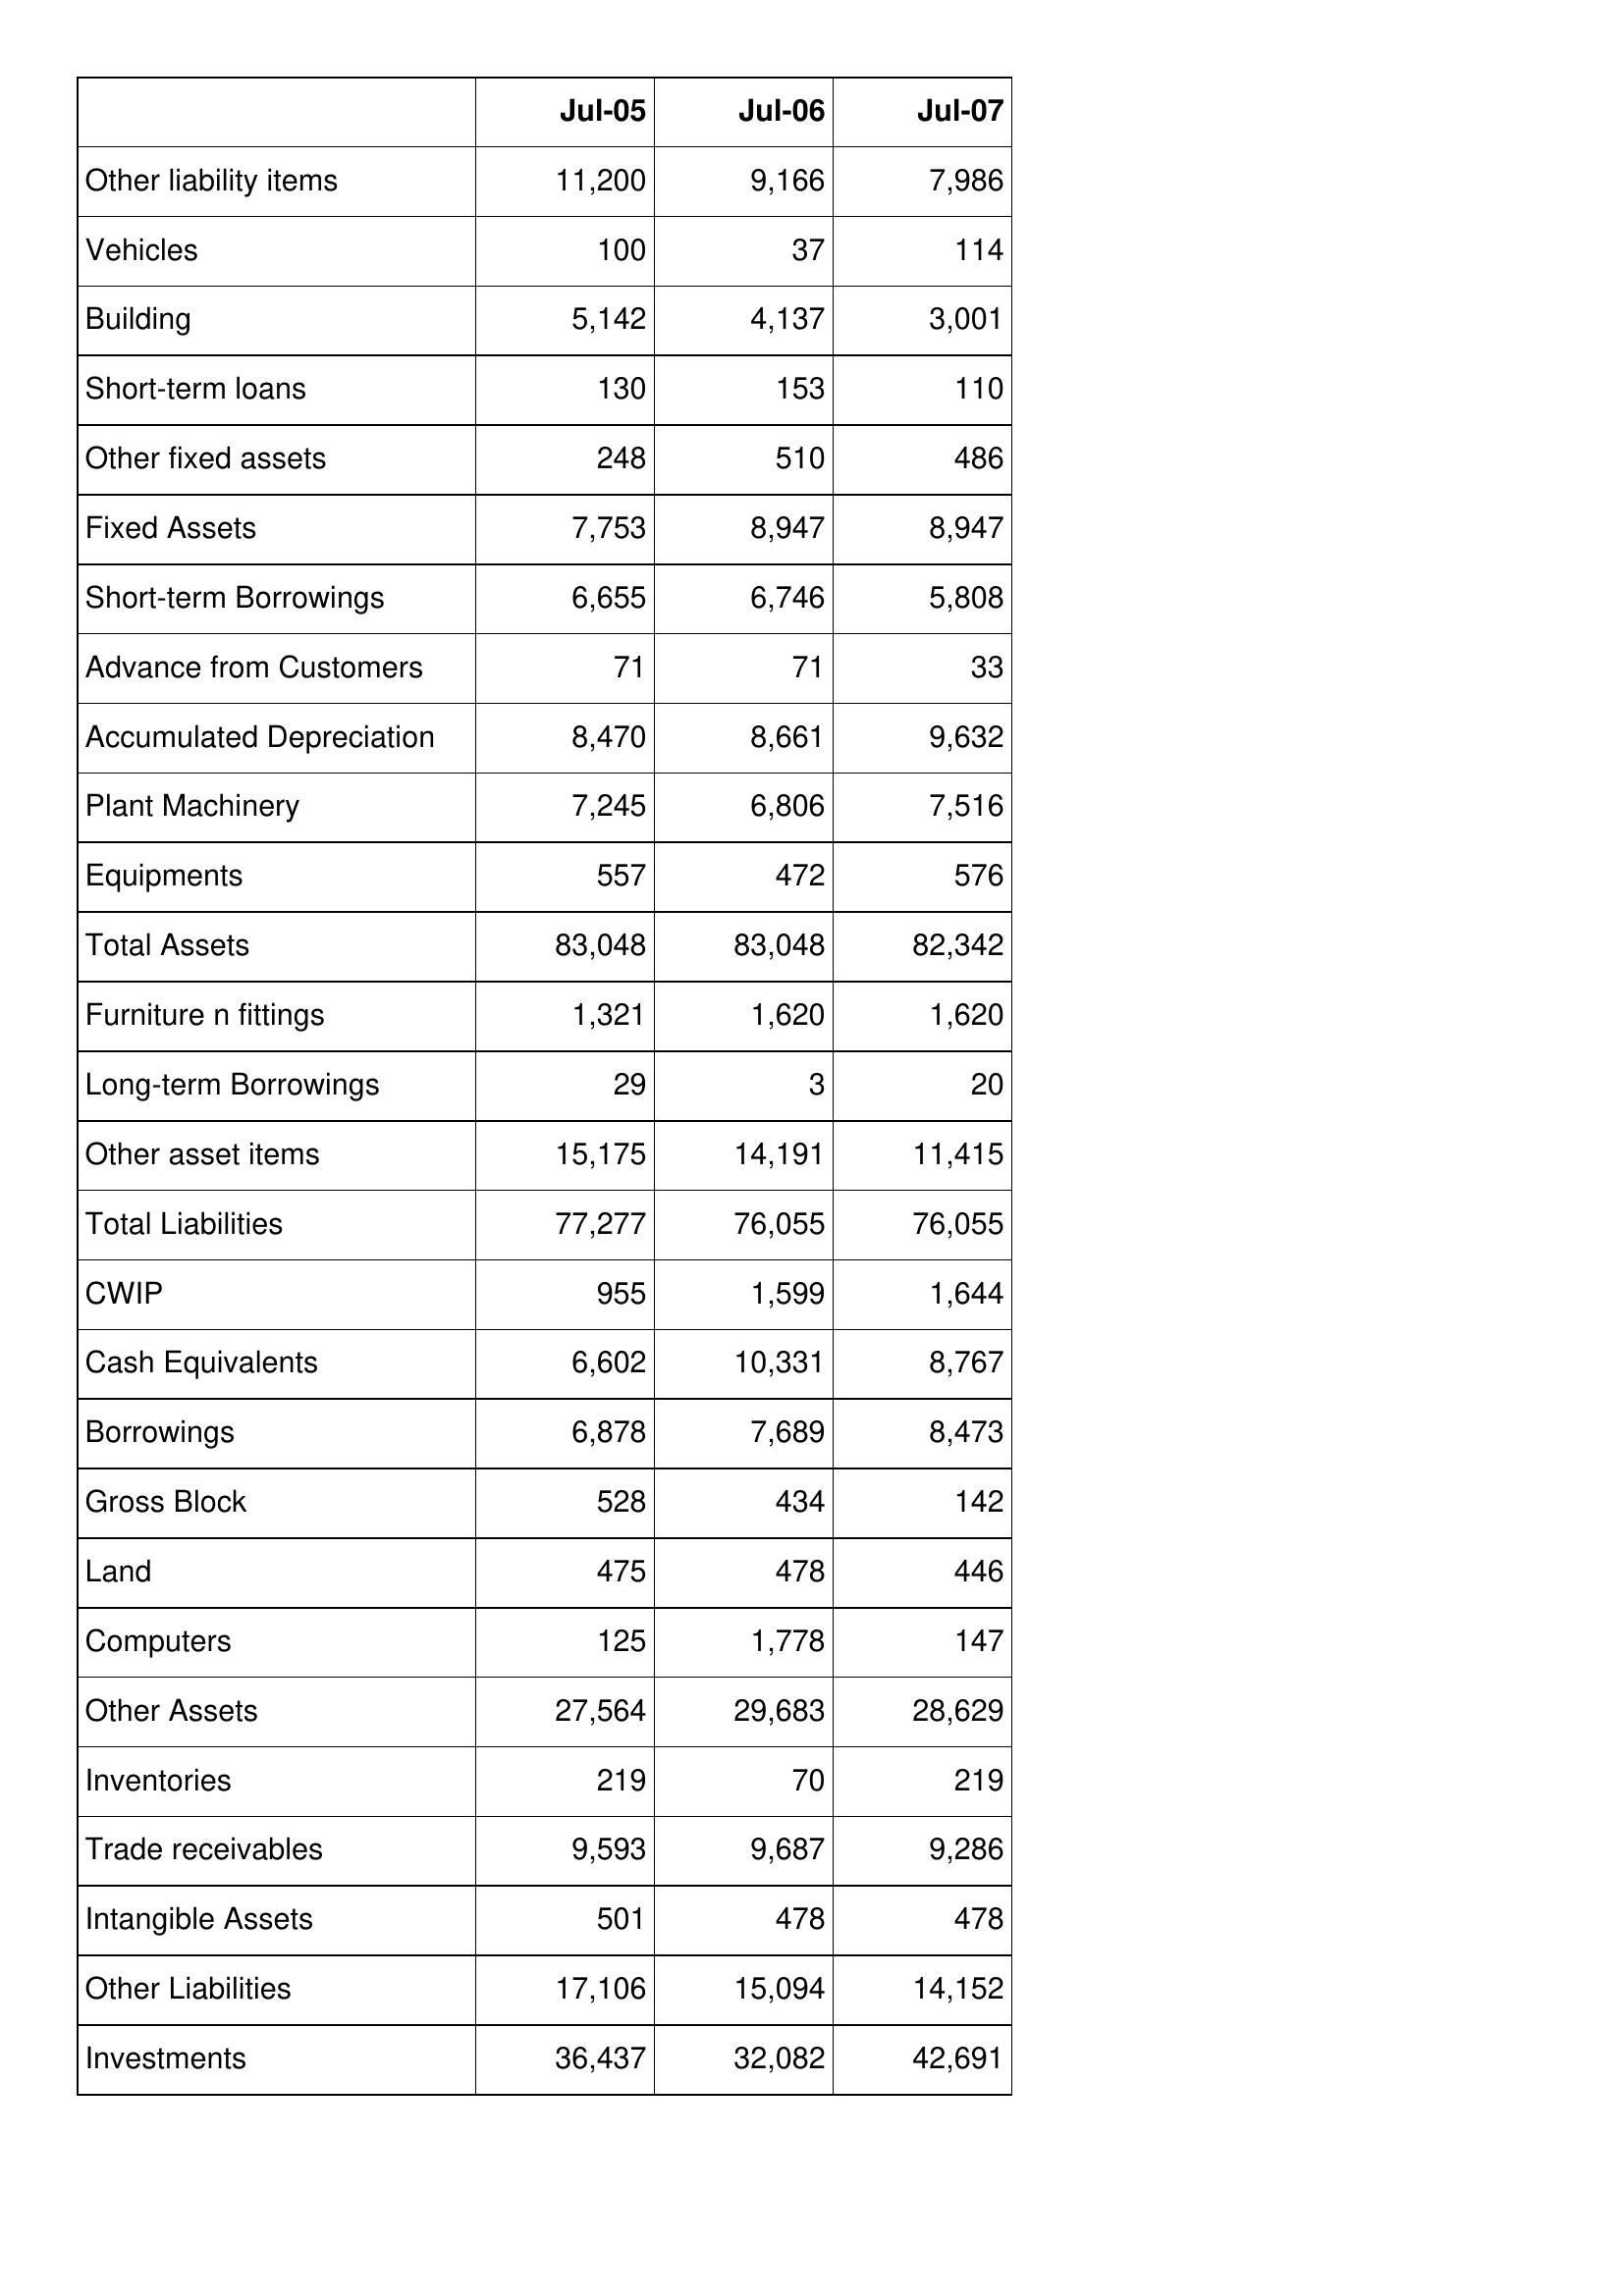
Jul-05: Balance Sheet: Other liability items: 11,200
Vehicles: 100
Building: 5,142
Short-term loans: 130
Other fixed assets: 248
Fixed Assets: 7,753
Short-term Borrowings: 6,655
Advance from Customers: 71
Accumulated Depreciation: 8,470
Plant Machinery: 7,245
Equipments: 557
Total Assets: 83,048
Furniture n fittings: 1,321
Long-term Borrowings: 29
Other asset items: 15,175
Total Liabilities: 77,277
CWIP: 955
Cash Equivalents: 6,602
Borrowings: 6,878
Gross Block: 528
Land: 475
Computers: 125
Other Assets: 27,564
Inventories: 219
Trade receivables: 9,593
Intangible Assets: 501
Other Liabilities: 17,106
Investments: 36,437
Jul-06: Balance Sheet: Other liability items: 9,166
Vehicles: 37
Building: 4,137
Short-term loans: 153
Other fixed assets: 510
Fixed Assets: 8,947
Short-term Borrowings: 6,746
Advance from Customers: 71
Accumulated Depreciation: 8,661
Plant Machinery: 6,806
Equipments: 472
Total Assets: 83,048
Furniture n fittings: 1,620
Long-term Borrowings: 3
Other asset items: 14,191
Total Liabilities: 76,055
CWIP: 1,599
Cash Equivalents: 10,331
Borrowings: 7,689
Gross Block: 434
Land: 478
Computers: 1,778
Other Assets: 29,683
Inventories: 70
Trade receivables: 9,687
Intangible Assets: 478
Other Liabilities: 15,094
Investments: 32,082
Jul-07: Balance Sheet: Other liability items: 7,986
Vehicles: 114
Building: 3,001
Short-term loans: 110
Other fixed assets: 486
Fixed Assets: 8,947
Short-term Borrowings: 5,808
Advance from Customers: 33
Accumulated Depreciation: 9,632
Plant Machinery: 7,516
Equipments: 576
Total Assets: 82,342
Furniture n fittings: 1,620
Long-term Borrowings: 20
Other asset items: 11,415
Total Liabilities: 76,055
CWIP: 1,644
Cash Equivalents: 8,767
Borrowings: 8,473
Gross Block: 142
Land: 446
Computers: 147
Other Assets: 28,629
Inventories: 219
Trade receivables: 9,286
Intangible Assets: 478
Other Liabilities: 14,152
Investments: 42,691